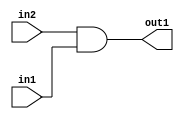
`timescale 1ps / 1ps
/*****************************************************************************
    Verilog RTL Description
    
    Generated at: 14:06:58 EST (-0500), Tuesday 17 November 2020
    Generated on: zhang-x1.ece.cornell.edu
    Generated by: jl3952 (Jie Liu)
    
    Created by: Stratus DpOpt 2017.1.02 
    Copyright (c) 2014-2015 Cadence Design Systems. All rights reserved worldwide.
    
    Cadence Design Systems proprietary and confidential
    ===================================================
    
    May contain information that incorporates Cadence Design Systems CellMath
    and other inventions claimed in Pending U.S. Patents.
    
    May contain Cadence Design Systems Trade Secrets of which use, disclosure or
    reproduction is contractually restricted or prohibited.  For more
    information, contact your legal department before any use, disclosure or
    reproduction.
*******************************************************************************/

module dut_And_1Ux1U_1U_4 (
	in2,
	in1,
	out1
	); /* architecture "behavioural" */ 
input  in2,
	in1;
output  out1;
wire  asc001;

assign asc001 = 
	(in2)
	&(in1);

assign out1 = asc001;
endmodule

/* CADENCE  urjwSgk= : u9/ySgnYtBlWxVDRUQkU4ug= ** DO NOT EDIT THIS LINE ******/